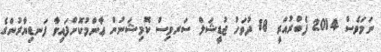
ނަމަވެސް 2014 ފެބްރުއަރީ 18 ދުވަހު ޖުޑީޝަލް ސަރވިސް ކޮމިޝަނުން ޢާންމުކޮށްފައިވާ ފަނޑިޔާރުންގެ